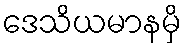
ဒေသိယမာနမှိ